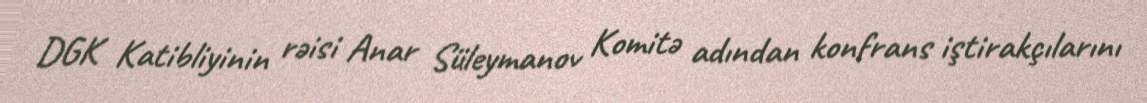
DGK Katibliyinin rəisi Anar Süleymanov Komitə adından konfrans iştirakçılarını